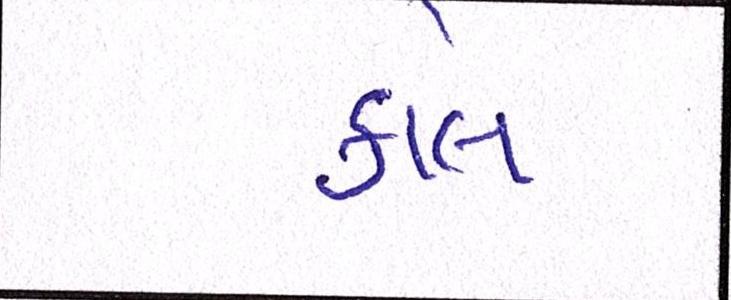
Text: કોલ